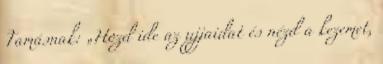
Tamásnak: „Hozd ide az ujjaidat és nézd a kezemet,